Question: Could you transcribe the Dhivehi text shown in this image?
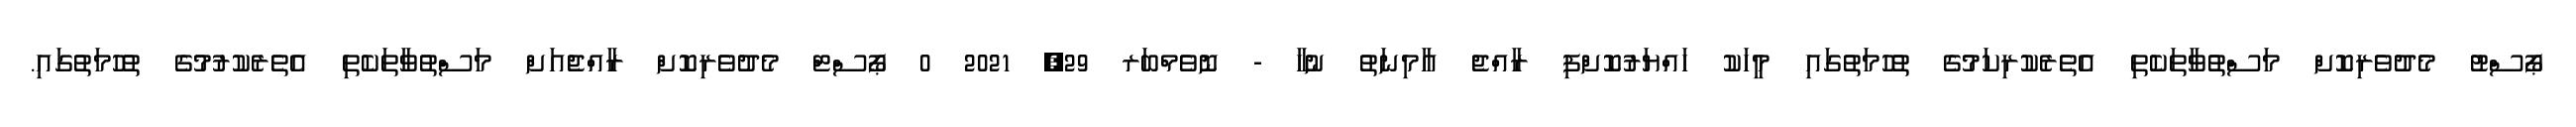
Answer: ޕޯސްޓު މެދުވެރިކޮށް މަސްތުވާތަކެތި އެތެރެކުރިކަމުގެ ތުހުމަތުގައި މީހަކު ހައްޔަރުކޮށްފި ރާއްޖެ އާމިނަތު ނުހާ - ނޮވެމްބަރ 29, 2021 0 ޕޯސްޓް މެދުވެރިކޮށް ރާއްޖެއަށް މަސްތުވާތަކެތި އެތެރެކުރުމުގެ ތުހުމަތުގައި.